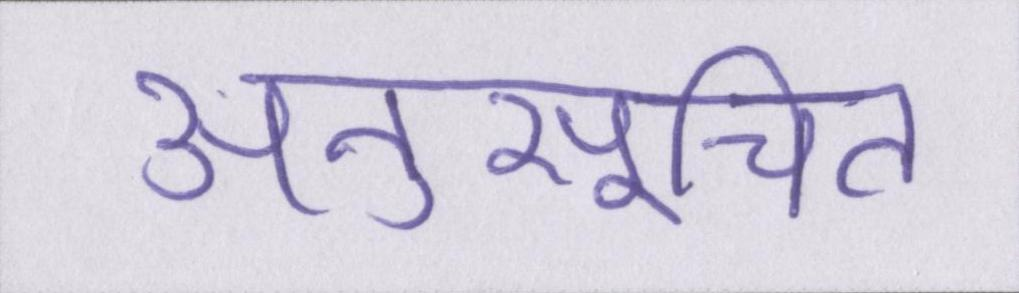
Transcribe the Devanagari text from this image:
अनुसूचित